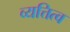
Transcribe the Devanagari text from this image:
व्यत्तित्व